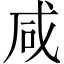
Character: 咸